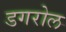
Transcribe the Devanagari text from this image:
डगरोल